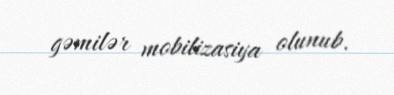
gəmilər mobilizasiya olunub.